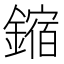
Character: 鏥